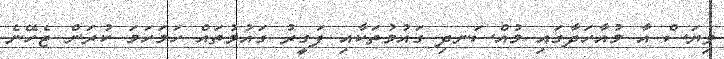
ވިޔަސް އާ މުއާހަދާގައި މުއްސަނދި ގައުމުތަކާއި ފަގީރު ގައުމުތައް ހަމަހަމަ ކުރަން ޖެހޭނެ